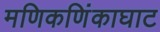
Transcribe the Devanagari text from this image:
मणिकणिंकाघाट